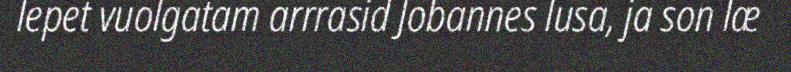
lepet vuolgatam arrrasid Jobannes lusa, ja son læ